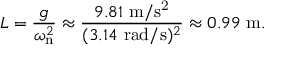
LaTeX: L = { \frac { g } { \omega _ { \mathrm { n } } ^ { 2 } } } \approx { \frac { 9 . 8 1 \ \mathrm { m / s ^ { 2 } } } { ( 3 . 1 4 \ \mathrm { r a d / s } ) ^ { 2 } } } \approx 0 . 9 9 \ \mathrm { m } .